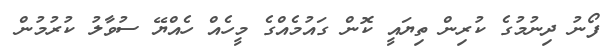
ފޯނު ދިނުމުގެ ކުރިން ތިޔައީ ކޮން ގައުމެއްގެ މީހެއް ހެއްޔޭ ސުވާލު ކުރުމުން